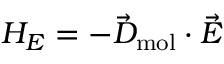
H _ { E } = - \vec { D } _ { \mathrm { m o l } } \cdot \vec { E }